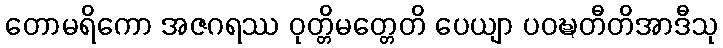
တောမရိကော အဇဂရဿ ဝုတ္တိမတ္တေတိ ပေယျာ ပဝဍ္ဎတီတိအာဒီသု